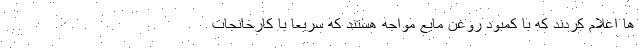
ها اعلام کردند که با کمبود روغن مایع مواجه هستند که سریعا با کارخانجات